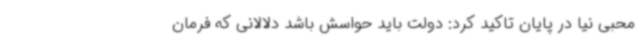
محبی‌ نیا در پایان تاکید کرد: دولت باید حواسش باشد دلالانی که فرمان